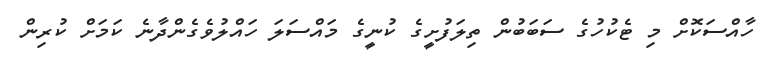
ހާއްސަކޮށް މި ޓެކުހުގެ ސަބަބުން ތިލަފުށީގެ ކުނީގެ މައްސަލަ ހައްލުވެގެންދާނެ ކަމަށް ކުރިން